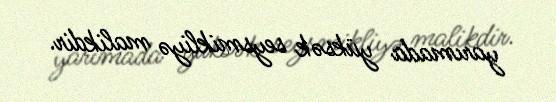
yarımada yüksək seysmikliyə malikdir.